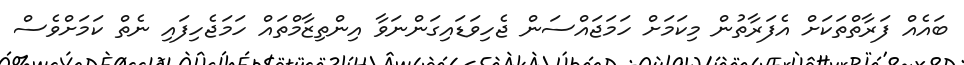
ބައެއް ފަރާތްތަކަށް އެފަރާތުން މިކަމަށް ހަމަޖައްސަން ޖެހިވަޑައިގަންނަވާ އިންތިޒާމްތައް ހަމަޖެހިފައި ނެތް ކަމަށްވެސް